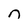
Character: n